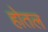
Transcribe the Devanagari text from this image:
होतल